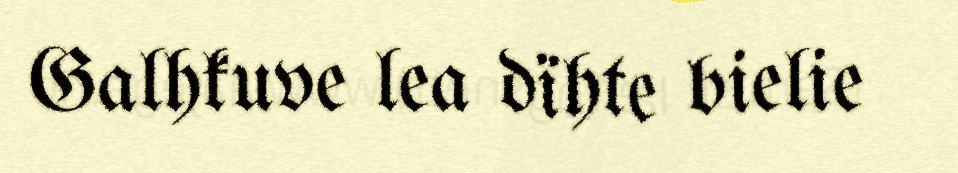
Galhkuve lea dïhte bielie